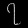
Digit: ၇